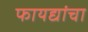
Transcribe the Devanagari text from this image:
फायद्यांचा